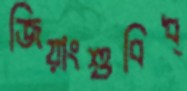
জিয়াংশুবিধ্